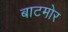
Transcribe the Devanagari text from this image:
बाटमोर